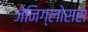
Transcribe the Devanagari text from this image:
जेनिग्लोसस